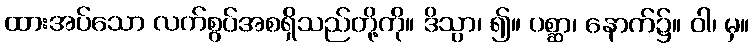
ထားအပ်သော လက်စွပ်အစရှိသည်တို့ကို။ ဒိသွာ၊ ၍။ ပစ္ဆာ၊ နောက်၌။ ဝါ၊ မှ။